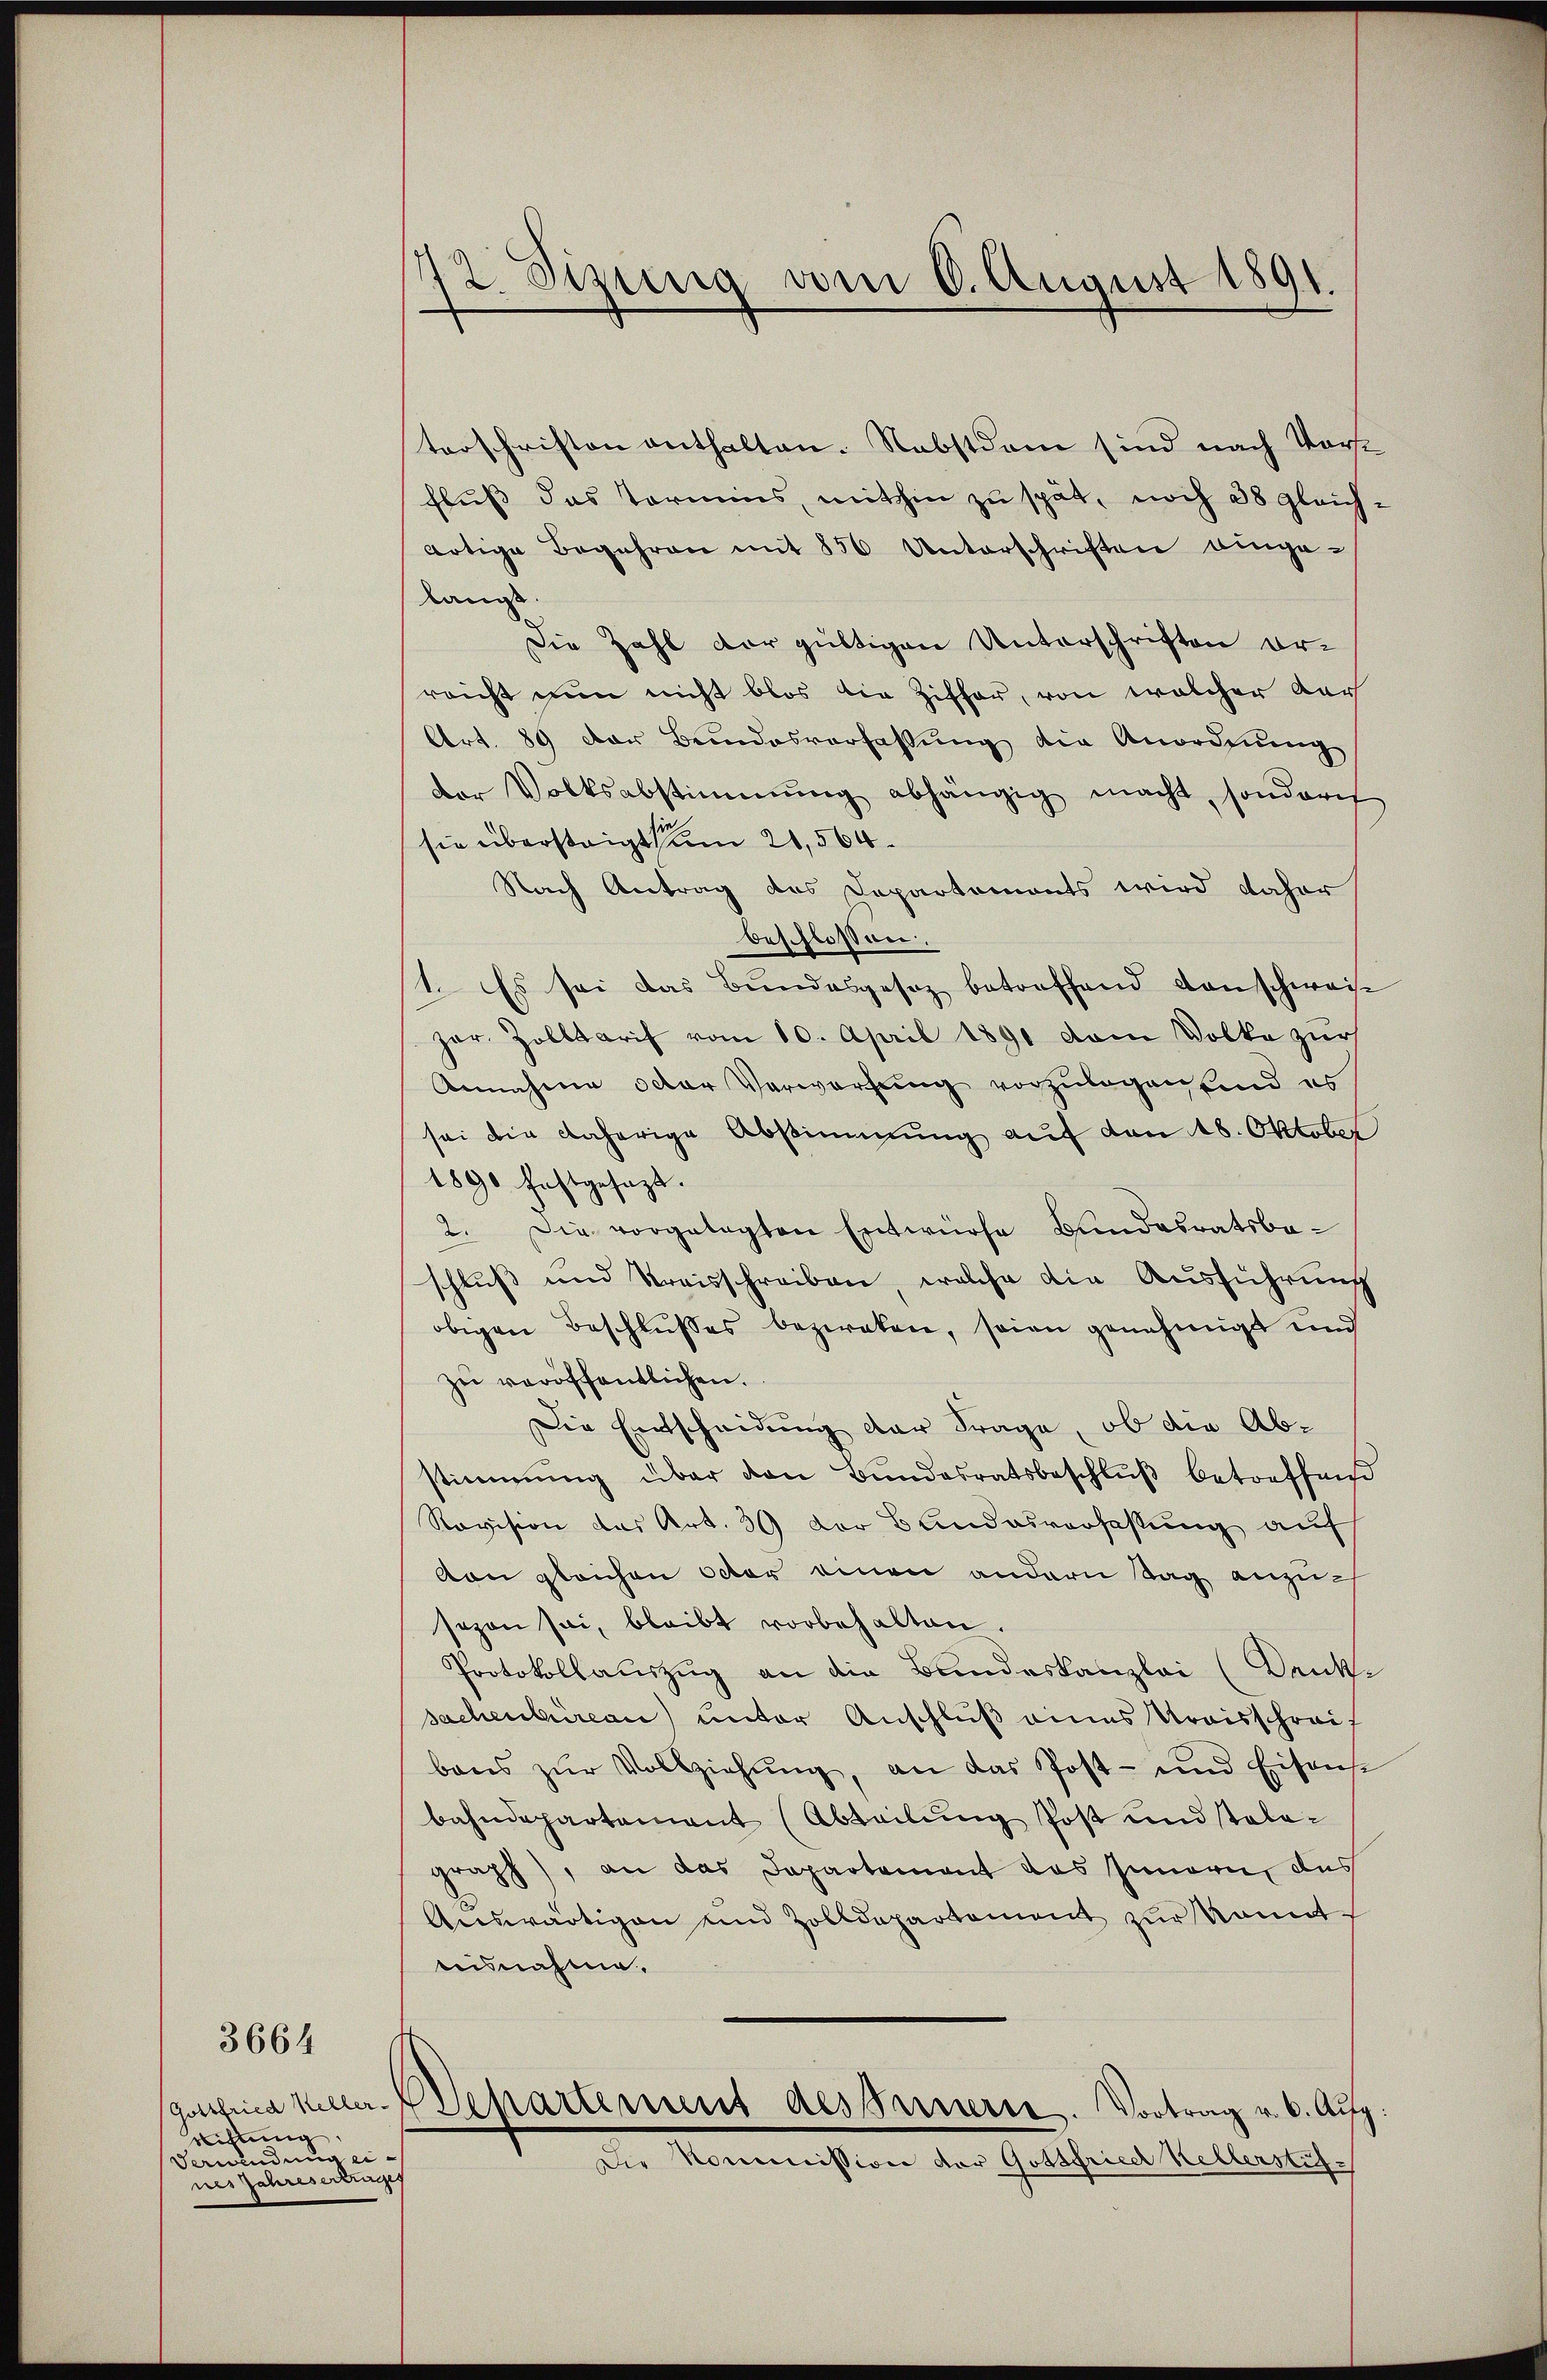
3664

richtung
Verwindung eines Jahresertrages

12. Sizung am 6. August 1891.

terschriften enthalten. Nebstdam sind nach Vorst
fluß das Termins, mithin zu spät, noch 38 gleichartige Begehren mit 850 Unterschriften einge-
langt.
Die Zahl der gültigen Unterschriften orreicht nun nicht blos die Ziffer, von welcher Aar
Art. 89 der Bundesverfassŭng die Anordnŭng
der Volksabstimmung abhängig macht, sondern
sie übersteigt um 21,564.
Nach Antrag des Departements wird daher
beschlossen.
1. Es sei das Bundesgesez betreffend danschweise
Har. Zolltarif vom 10. April 1891 vom Volke zur
Annahme oder Verwerfung vorzulegen und es
sei die daherige Abstimmung auf den 18. Oktober
1890 festgesagt.
2. Die vorgelegten Entwürfe Bundesratsbaschluß und Kreisschreiben, welche die Ausführung
obigen Beschlusses bezirken, seien genehmigt und
zŭ veröffentlichen.
Die Entscheidung der Frage, ob die Abstimmung über den Bŭndesratsbeschlŭβ betreffniß
Revision das Art. 36 der Bandesverfassung auf
von gleichen Octor einen andern Tag anzusezen sei, bleibt vorbehalten.
Protokollauszug an die Bundeskanzlei (Danke
sachenbureau unter Anschluß eines Kreisschreif
bars zŭr Vollziehŭng, an das Post- und Eisense
bahndepartement (Abteilung Post und stola-
graph), an das Departement das Innern, das
Auswärtigen und Zolldepartement zur kannt
isnahme.
orica aller Departement des Innern. Vortrag u. 6. Aug.
Die Kommission der Gottfriedl Kellerstüt-